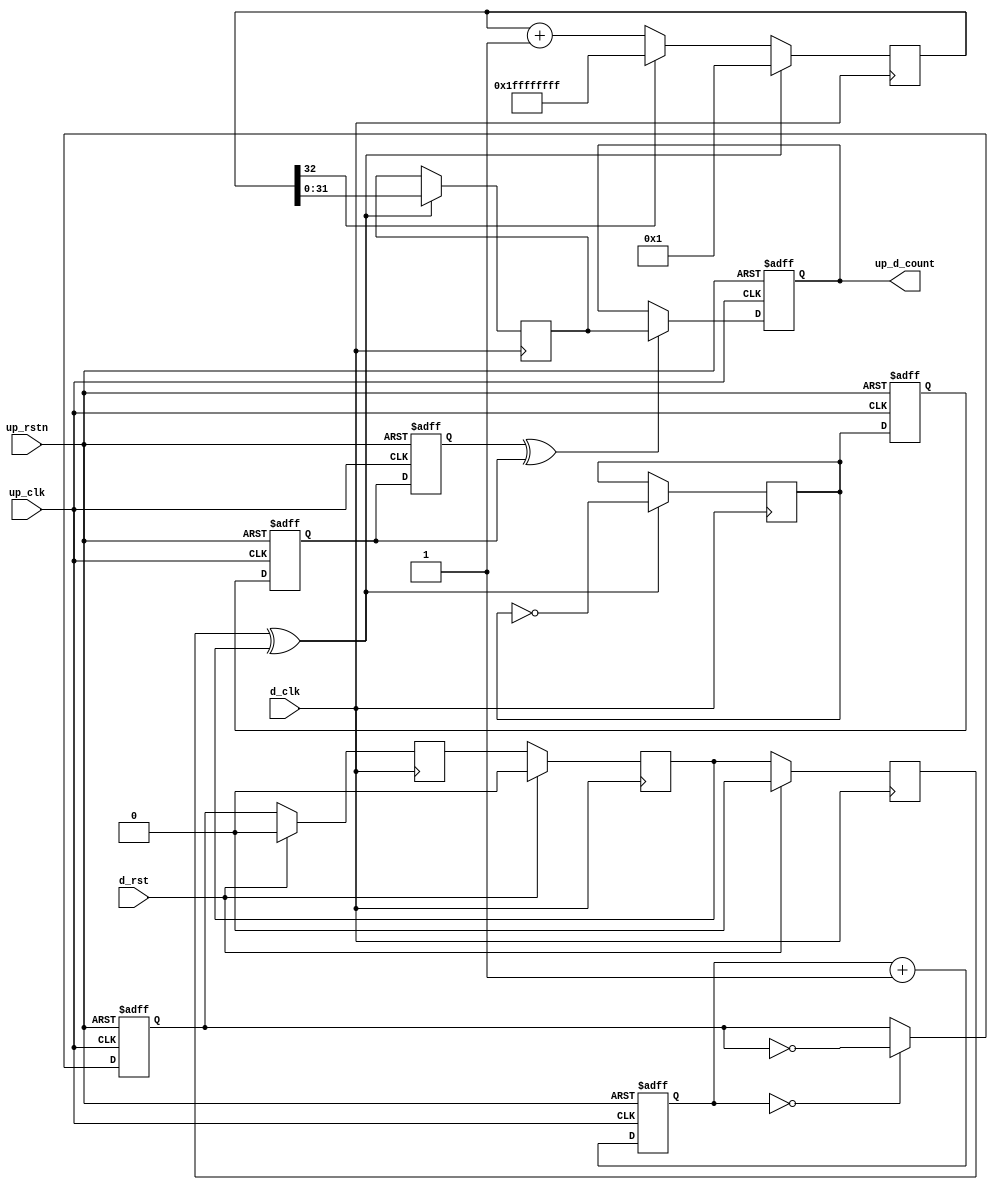
module up_clock_mon (
  up_rstn,
  up_clk,
  up_d_count,
  d_rst,
  d_clk);
  input           up_rstn;
  input           up_clk;
  output  [31:0]  up_d_count;
  input           d_rst;
  input           d_clk;
  reg     [15:0]  up_count = 'd0;
  reg             up_count_toggle = 'd0;
  reg             up_count_toggle_m1 = 'd0;
  reg             up_count_toggle_m2 = 'd0;
  reg             up_count_toggle_m3 = 'd0;
  reg     [31:0]  up_d_count = 'd0;
  reg             d_count_toggle_m1 = 'd0;
  reg             d_count_toggle_m2 = 'd0;
  reg             d_count_toggle_m3 = 'd0;
  reg             d_count_toggle = 'd0;
  reg     [31:0]  d_count_hold = 'd0;
  reg     [32:0]  d_count = 'd0;
  wire            up_count_toggle_s;
  wire            d_count_toggle_s;
  assign up_count_toggle_s = up_count_toggle_m3 ^ up_count_toggle_m2;
  always @(negedge up_rstn or posedge up_clk) begin
    if (up_rstn == 0) begin
      up_count <= 'd0;
      up_count_toggle <= 'd0;
      up_count_toggle_m1 <= 'd0;
      up_count_toggle_m2 <= 'd0;
      up_count_toggle_m3 <= 'd0;
      up_d_count <= 'd0;
    end else begin
      up_count <= up_count + 1'b1;
      if (up_count == 16'd0) begin
        up_count_toggle <= ~up_count_toggle;
      end
      up_count_toggle_m1 <= d_count_toggle;
      up_count_toggle_m2 <= up_count_toggle_m1;
      up_count_toggle_m3 <= up_count_toggle_m2;
      if (up_count_toggle_s == 1'b1) begin
        up_d_count <= d_count_hold;
      end
    end
  end
  assign d_count_toggle_s = d_count_toggle_m3 ^ d_count_toggle_m2;
  always @(posedge d_clk) begin
    if (d_rst == 1'b1) begin
      d_count_toggle_m1 <= 'd0;
      d_count_toggle_m2 <= 'd0;
      d_count_toggle_m3 <= 'd0;
    end else begin
      d_count_toggle_m1 <= up_count_toggle;
      d_count_toggle_m2 <= d_count_toggle_m1;
      d_count_toggle_m3 <= d_count_toggle_m2;
    end
  end
  always @(posedge d_clk) begin
    if (d_count_toggle_s == 1'b1) begin
      d_count_toggle <= ~d_count_toggle;
      d_count_hold <= d_count[31:0];
    end
    if (d_count_toggle_s == 1'b1) begin
      d_count <= 33'd1;
    end else if (d_count[32] == 1'b0) begin
      d_count <= d_count + 1'b1;
    end else begin
      d_count <= {33{1'b1}};
    end
  end
endmodule